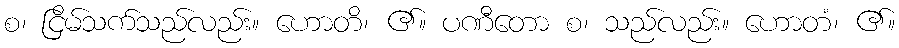
စ၊ ငြိမ်သက်သည်လည်း။ ဟောတိ၊ ၏။ ပဏီတော စ၊ သည်လည်း။ ဟောတံ၊ ၏။